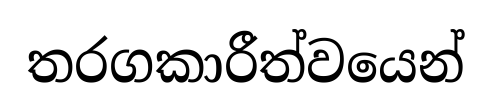
තරගකාරීත්වයෙන්